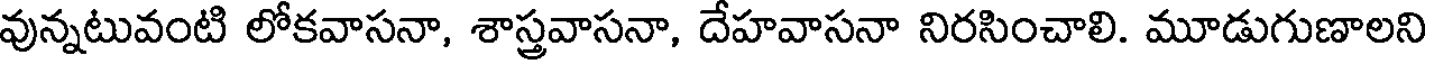
వున్నటువంటి లోకవాసనా, శాస్త్రవాసనా, దేహవాసనా నిరసించాలి. మూడుగుణాలని